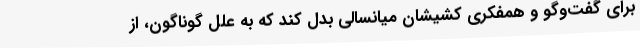
برای گفت‌وگو و همفکری کشیشان میانسالی بدل کند که به علل گوناگون، از